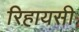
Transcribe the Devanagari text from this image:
रिहायसी